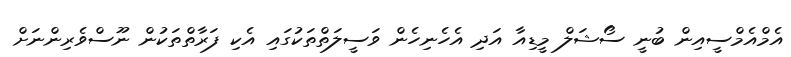
އެމްއެމްސީއިން ބުނީ ސޯޝަލް މީޑިއާ އަދި އެހެނިހެން ވަސީލަތްތަކުގައި އެކި ފަރާތްތަކުން ނޫސްވެރިންނަށް